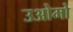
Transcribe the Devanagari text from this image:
उओमो